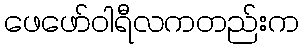
ဖေဖော်ဝါရီလကတည်းက